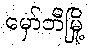
မှော်ဘီမြို့